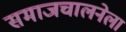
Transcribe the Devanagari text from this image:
समाजचालनेला